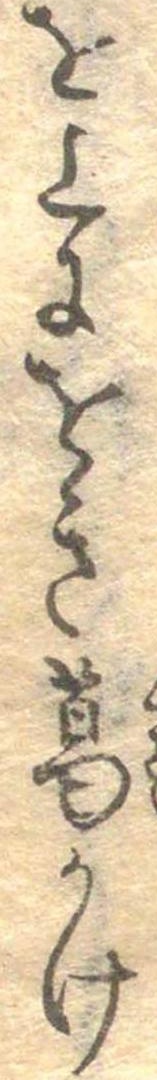
を上にをき葛かけ